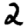
Digit: 2